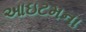
આઇટમના